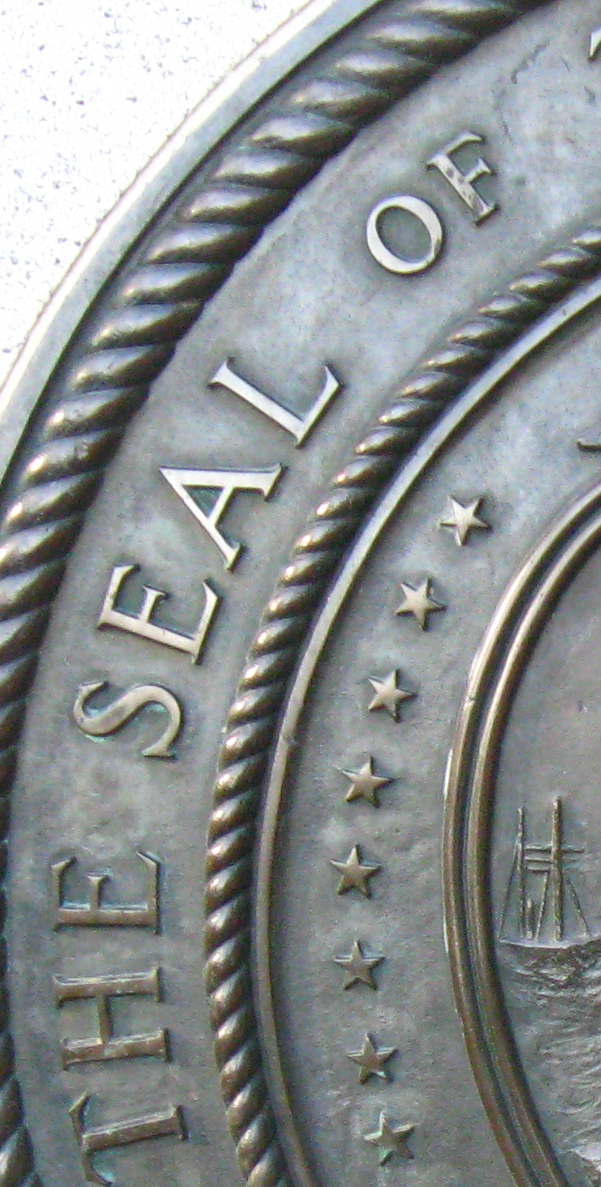
THE SEAL OF